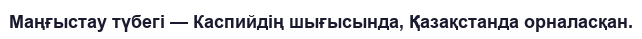
Маңғыстау түбегі — Каспийдің шығысында, Қазақстанда орналасқан.